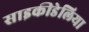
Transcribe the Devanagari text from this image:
साइकीडेलिया